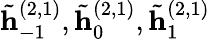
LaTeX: \tilde{\mathbf{h}}_{-1}^{(2,1)},\tilde{\mathbf{h}}_{0}^{(2,1)},\tilde{\mathbf{h}}_{1}^{(2,1)}